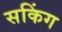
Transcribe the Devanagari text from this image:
सकिंग